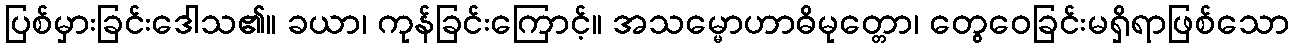
ပြစ်မှားခြင်းဒေါသ၏။ ခယာ၊ ကုန်ခြင်းကြောင့်။ အသမ္မောဟာဓိမုတ္တော၊ တွေဝေခြင်းမရှိရာဖြစ်သော